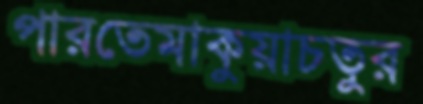
পারতেমাকুয়াচতুর